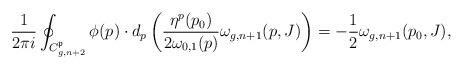
LaTeX: \begin{align*} \frac{1}{2\pi i}\oint_{C^{\mathfrak{p}}_{g,n+2}}\phi(p)\cdot d_p\left(\frac{\eta^p(p_0)}{2\omega_{0,1}(p)}\omega_{g,n+1}(p,J)\right)=-\frac12\omega_{g,n+1}(p_0,J), \end{align*}